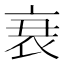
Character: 𮕩